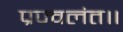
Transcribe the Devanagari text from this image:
प्रज्वलंत॥